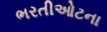
ભરતીઓટના